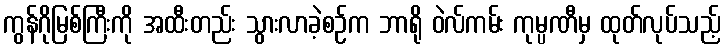
ကွန်ဂိုမြစ်ကြီးကို အထီးတည်း သွားလာခဲ့စဉ်က ဘာရို ဝဲလ်ကမ်း ကုမ္ပဏီမှ ထုတ်လုပ်သည့်